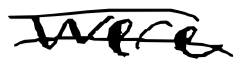
Text: were
Cross-out: double-line
Writing tool: digital_black